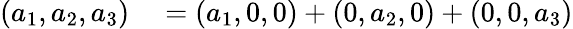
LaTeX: \begin{array}{rl}{(a_{1},a_{2},a_{3})}&{{}=(a_{1},0,0)+(0,a_{2},0)+(0,0,a_{3})}\end{array}